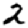
Digit: 2